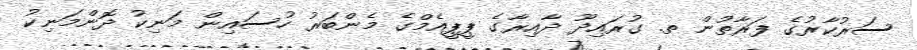
ސަރުކާރުގެ ފަރާތުން ތ. ގުރައިދޫ ދާއިރާގެ ޕީޕީއެމްގެ މެންބަރު ހުސައިން މަނިކު ދޮންމަނިކު